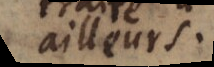
ailleurs